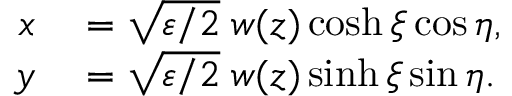
\begin{array} { r l } { x } & { { } = { \sqrt { \varepsilon / 2 } } \; w ( z ) \cosh \xi \cos \eta , } \\ { y } & { { } = { \sqrt { \varepsilon / 2 } } \; w ( z ) \sinh \xi \sin \eta . } \end{array}